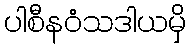
ပါစီနဝံသဒါယမှိ